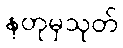
နတုမှသုတ်